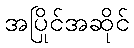
အပြိုင်အဆိုင်